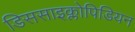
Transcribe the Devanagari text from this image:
डिससाइक्लोपिडियन